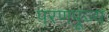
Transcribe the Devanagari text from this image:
परणपूज्य